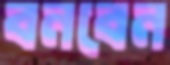
বনবেন